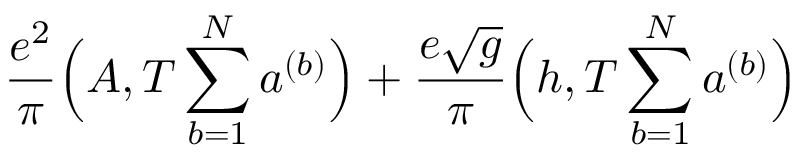
\frac { e ^ { 2 } } { \pi } \Big ( A , T \sum _ { b = 1 } ^ { N } a ^ { ( b ) } \Big ) + \frac { e \sqrt { g } } { \pi } \Big ( h , T \sum _ { b = 1 } ^ { N } a ^ { ( b ) } \Big )